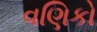
વણિકો